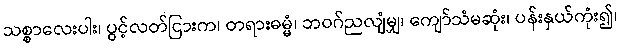
သစ္စာလေးပါး၊ ပွင့်လတ်ငြားက၊ တရားဓမ္မံ၊ ဘဝဂ်ညလျံမျှ၊ ကျော်သံမဆုံး၊ ပန်းနှယ်ကုံး၍၊